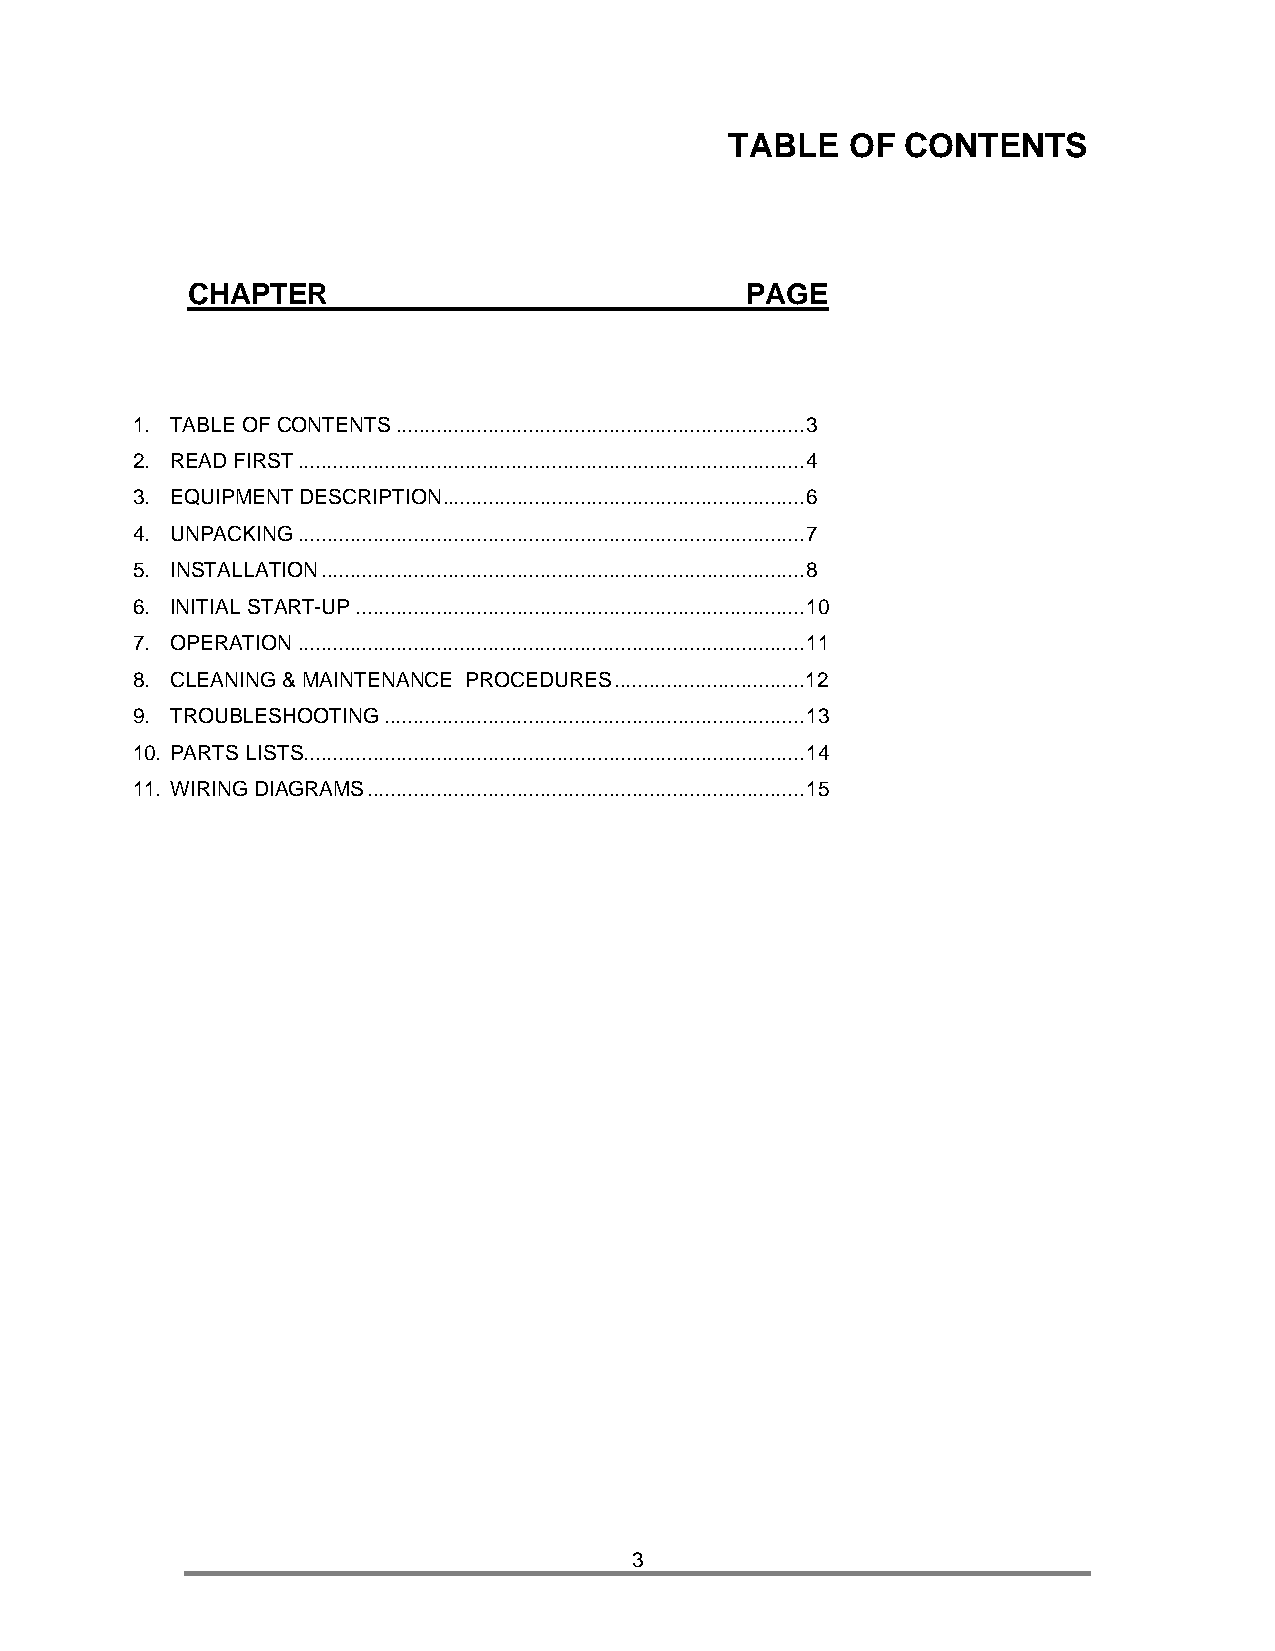
TABLE   OF  CONTENTS
 CHAPTER                              PAGE
 1. TABLE OF CONTENTS ....................................................................... 3
 2. READ FIRST ........................................................................................ 4
 3. EQUIPMENT DESCRIPTION ............................................................... 6
 4. UNPACKING ........................................................................................ 7
 5. INSTALLATION .................................................................................... 8
 6. INITIAL START-UP .............................................................................. 10
 7. OPERATION ........................................................................................ 11
 8. CLEANING & MAINTENANCE PROCEDURES ................................. 12
 9. TROUBLESHOOTING ......................................................................... 13
 10. PARTS LISTS ....................................................................................... 14
 11. WIRING DIAGRAMS ............................................................................ 15
 3